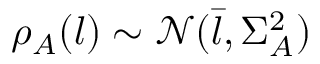
\rho _ { A } ( l ) \sim \mathcal { N } ( \bar { l } , \Sigma _ { A } ^ { 2 } )